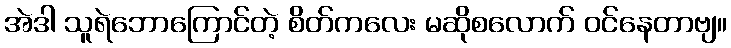
အဲဒါ သူရဲဘောကြောင်တဲ့ စိတ်ကလေး မဆိုစလောက် ဝင်နေတာဗျ။